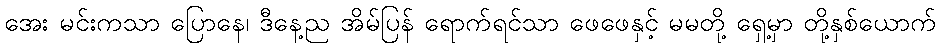
အေး မင်းကသာ ပြောနေ၊ ဒီနေ့ည အိမ်ပြန် ရောက်ရင်သာ ဖေဖေနှင့် မမတို့ ရှေ့မှာ တို့နှစ်ယောက်